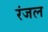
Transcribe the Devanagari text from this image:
रंजल